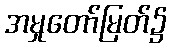
အမှုတော်မြတ်၌